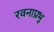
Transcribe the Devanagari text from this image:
रवनाप्रभु